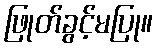
ဖြုတ်ခွင့်မပြု။